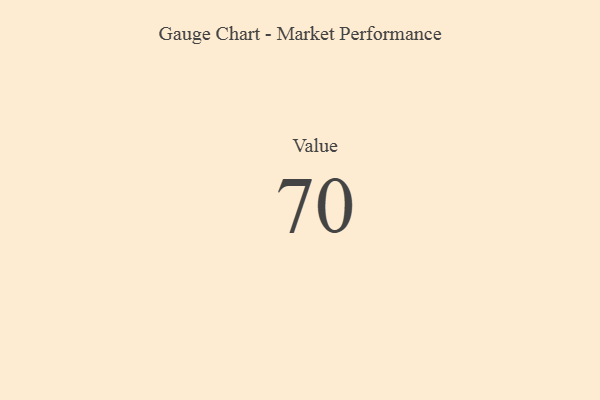
{"axis": {"x": "Metric", "y": "Value"}, "legend": [""], "data": [{"x": "Value", "y": 70, "type": ""}]}